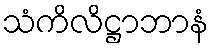
သံကိလိဋ္ဌာဘာနံ